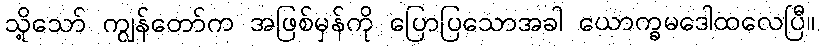
သို့သော် ကျွန်တော်က အဖြစ်မှန်ကို ပြောပြသောအခါ ယောက္ခမဒေါထလေပြီ။